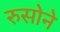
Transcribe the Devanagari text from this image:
रुसोने